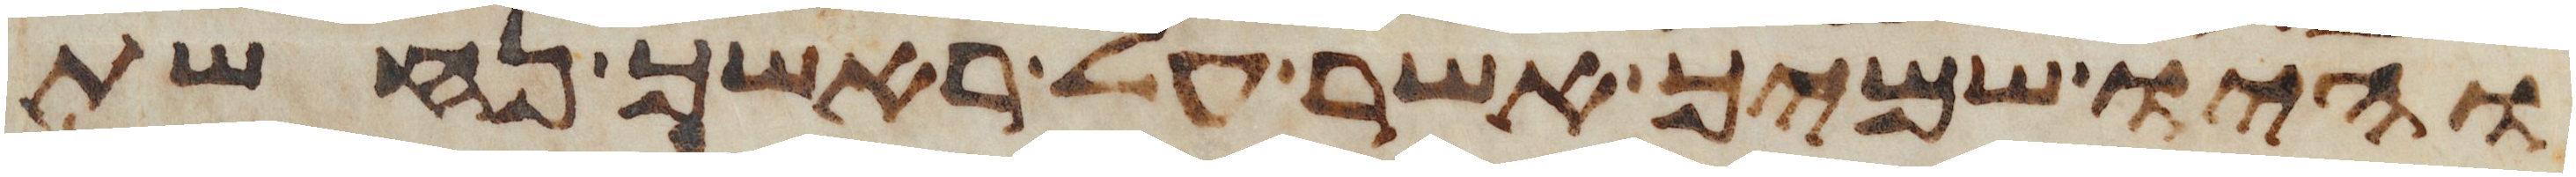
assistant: והיו שמיך אשר על ראשך נחשת